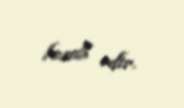
hesab edir.